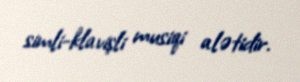
simli-klavişli musiqi alətidir.